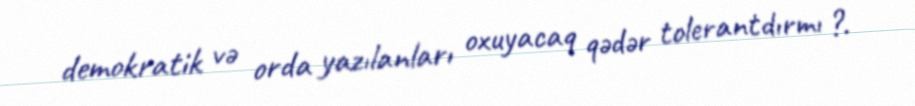
demokratik və orda yazılanları oxuyacaq qədər tolerantdırmı ?.